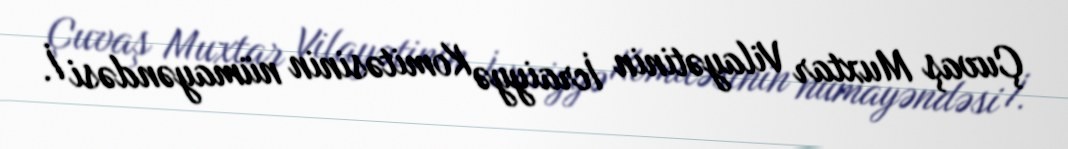
Çuvaş Muxtar Vilayətinin İcraiyyə Komitəsinin nümayəndəsi İ.